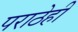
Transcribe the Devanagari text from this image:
पराठेही